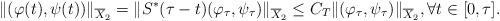
LaTeX: \begin{align*}\|(\varphi(t),\psi(t))\|_{\overline{X}_2}=\|S^*(\tau-t)(\varphi_\tau,\psi_\tau)\|_{\overline{X}_2}\leq C_T\|(\varphi_\tau,\psi_{\tau})\|_{\overline{X}_2}, \forall t\in [0,\tau].\end{align*}